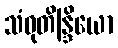
သံဝုတိန္ဒြိယော